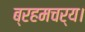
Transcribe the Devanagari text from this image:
ब्रहमचर्य।